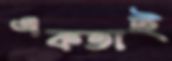
একতাই